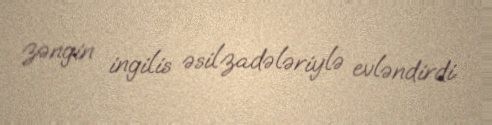
zəngin ingilis əsilzadələriylə evləndirdi.